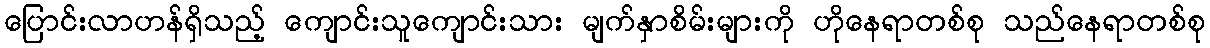
ပြောင်းလာဟန်ရှိသည့် ကျောင်းသူကျောင်းသား မျက်နှာစိမ်းများကို ဟိုနေရာတစ်စု သည်နေရာတစ်စု